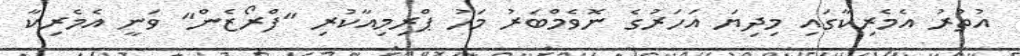
އުތުރު އެމެރިކާގައި މިދިޔަ އަހަރުގެ ނޮވެމްބަރު މަހު ޕްރިމިއާކުރި "ފްރޯޒެން" ވަނީ އެމެރިކާ